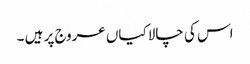
اس کی چالاکیاں عروج پر ہیں ۔